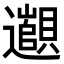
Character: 𬩫